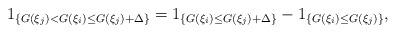
LaTeX: \begin{align*}1_{\left\{G(\xi_j)<G(\xi_i)\leq G(\xi_j)+\Delta\right\}}&=1_{\left\{G(\xi_i)\leq G(\xi_j)+\Delta\right\}}-1_{\left\{G(\xi_i)\leq G(\xi_j)\right\}},\end{align*}